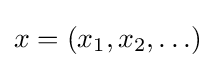
x=(x_{1},x_{2},\ldots )